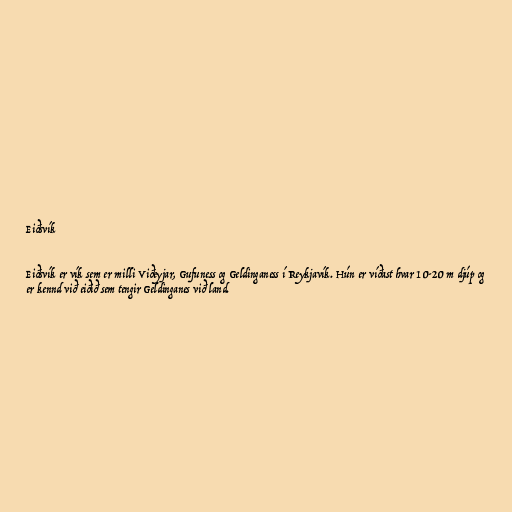
Eiðsvík

Eiðsvík er vík sem er milli Viðeyjar, Gufuness og Geldinganess í Reykjavík. Hún er víðast hvar 10-20 m djúp og
er kennd við eiðið sem tengir Geldinganes við land.